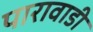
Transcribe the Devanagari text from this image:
पारावाडी